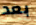
بعد